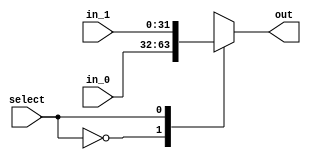
module mux_shift_src(
    input wire [31:0] in_0, // reg b
    input wire [31:0] in_1, // reg a
    input wire        select, //Controlado pelo ShiftSrc
    output reg [31:0]  out
);

always@(*)begin
    case (select)
        1'b0: out = in_0;
        1'b1: out = in_1;
    endcase
end
endmodule